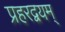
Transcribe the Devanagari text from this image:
प्रहरद्वयम्